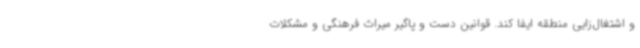
و اشتغال‌زایی منطقه ایفا کند. قوانین دست و پاگیر میراث فرهنگی و مشکلات